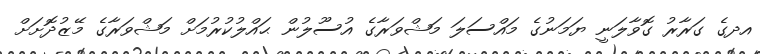
އދގެ ގަރާރު ގޮވާލަނީ ޔަމަނުގެ މައްސަލަ މަޝްވަރާގެ އުސޫލުން ޙައްލުކުރުމަށް މަޝްވަރާގެ މޭޒުދޮށަށް